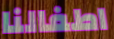
اطفالنا